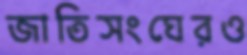
জাতিসংঘেরও